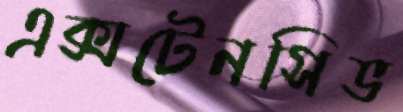
এক্সটেনসিভ